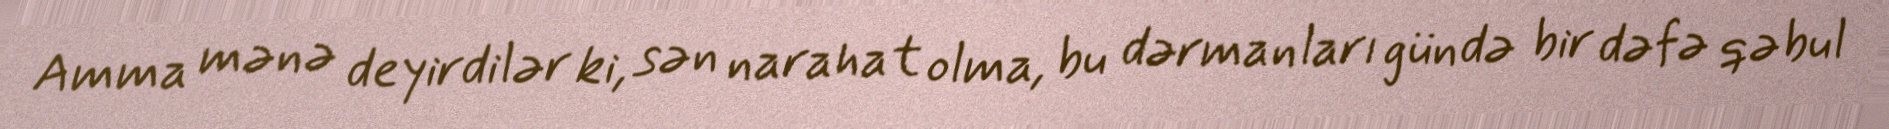
Amma mənə deyirdilər ki, sən narahat olma, bu dərmanları gündə bir dəfə qəbul